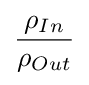
{\rho _{In} \over \rho _{Out}}\,\!